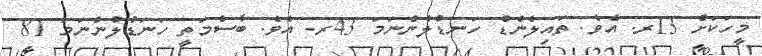
މީހަކަށް 13ރ. އެވެ. ތައިލެންޑް ހަނޑުލުންނަމަ 43ރ. އެވެ. ބާސްމަތީ ހަނަޑުލުންނަމަ 81